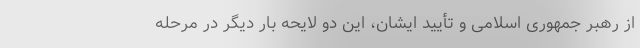
از رهبر جمهوری اسلامی و تأیید ایشان، این دو لایحه بار دیگر در مرحله